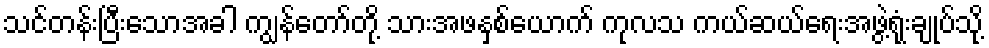
သင်တန်းပြီးသောအခါ ကျွန်တော်တို့ သားအဖနှစ်ယောက် ကုလသ ကယ်ဆယ်ရေးအဖွဲ့ရုံးချုပ်သို့